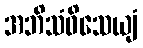
အဘိသံဝိသေယျံ